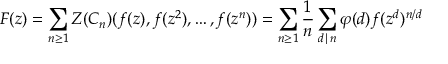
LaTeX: F ( z ) = \sum _ { n \geq 1 } Z ( C _ { n } ) ( f ( z ) , f ( z ^ { 2 } ) , \ldots , f ( z ^ { n } ) ) = \sum _ { n \geq 1 } { \frac { 1 } { n } } \sum _ { d \mid n } \varphi ( d ) f ( z ^ { d } ) ^ { n / d }